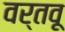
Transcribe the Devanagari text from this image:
वर्तवू